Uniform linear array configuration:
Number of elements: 4
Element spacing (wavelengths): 0.25
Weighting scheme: cosine
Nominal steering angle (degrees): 45
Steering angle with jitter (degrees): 43.172
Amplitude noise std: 0.05
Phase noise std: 0.05

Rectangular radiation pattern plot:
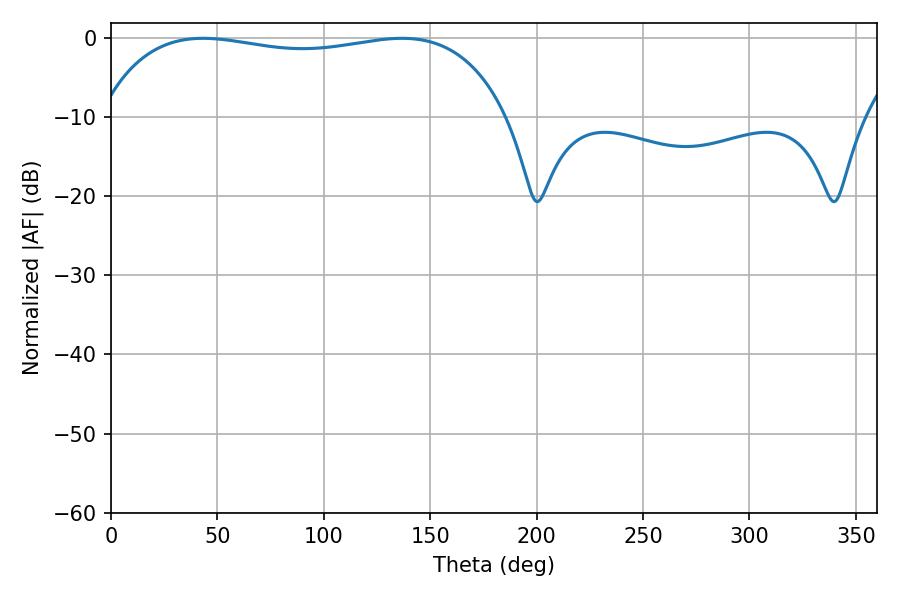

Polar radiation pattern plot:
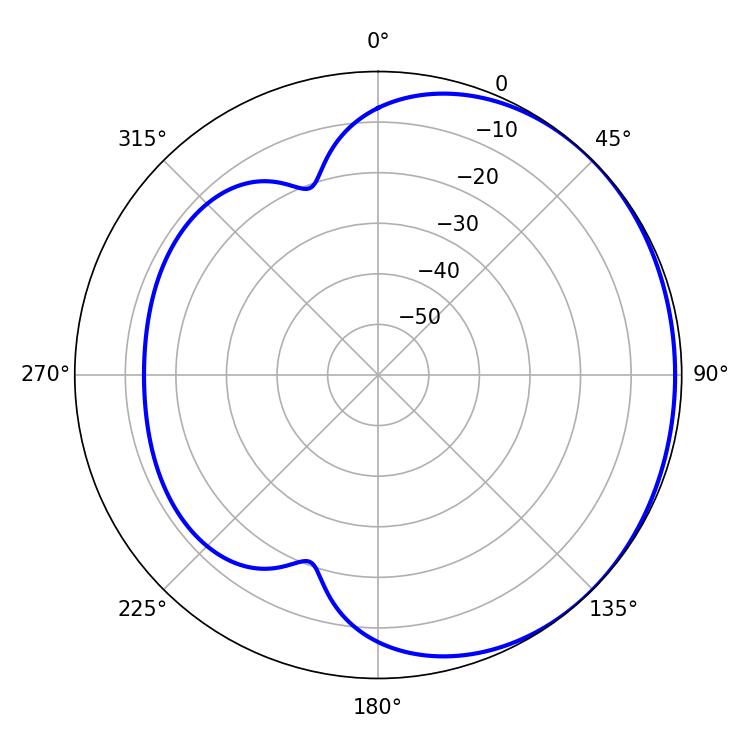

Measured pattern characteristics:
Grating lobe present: FALSE
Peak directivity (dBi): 0.9922
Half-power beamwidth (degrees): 154.8
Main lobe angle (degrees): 43.2